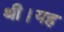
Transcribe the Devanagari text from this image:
थी।यह